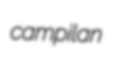
campilan